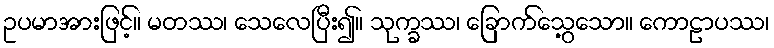
ဥပမာအားဖြင့်။ မတဿ၊ သေလေပြီး၍။ သုက္ခဿ၊ ခြောက်သွေ့သော။ ကောဠာပဿ၊